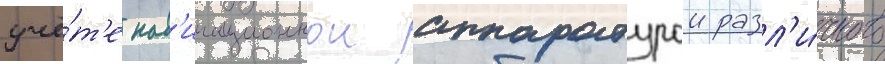
учё́т'е нав'игационнои аппаратурои разл'и́чного